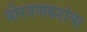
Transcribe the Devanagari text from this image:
बोरवणकरांचा